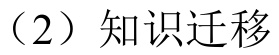
（2）知识迁移